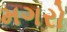
મગરો